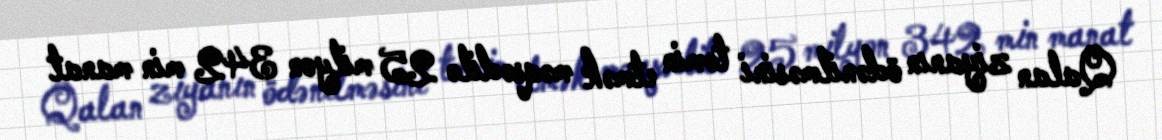
Qalan ziyanın ödənilməsini təmin etmək məqsədilə 25 milyon 342 min manat